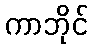
ကာဘိုင်